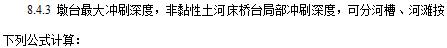
8.4.3 墩台最大冲刷深度，非黏性土河床桥台局部冲刷深度，分河槽、河滩按下列公式计算：